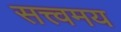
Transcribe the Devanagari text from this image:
सत्त्वमय